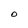
Character: O